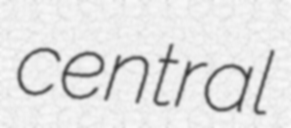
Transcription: central